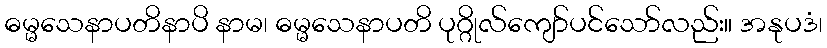
ဓမ္မသေနာပတိနာပိ နာမ၊ ဓမ္မသေနာပတိ ပုဂ္ဂိုလ်ကျော်ပင်သော်လည်း။ အနုပဒံ၊